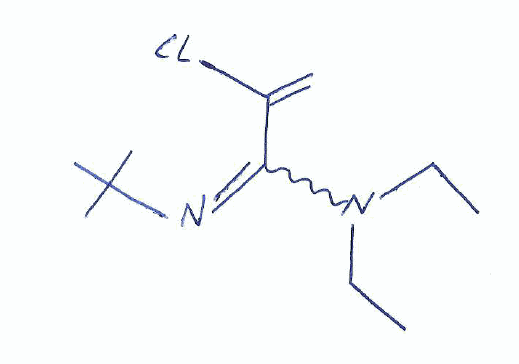
Simplified molecular-input line-entry system (SMILES) notation of the given molecule:
CCN(CC)C(=NC(C)(C)C)C(=C)Cl